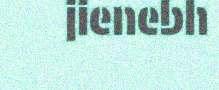
jienebh